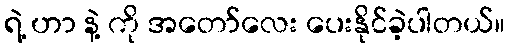
ရဲ့ ဟာ နဲ့ ကို အတော်လေး ပေးနိုင်ခဲ့ပါတယ်။